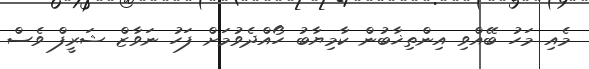
މެއި މަހު ބޭއްވި އިންތިޚާބުން ކާމިޔާބު ހޯއްދެވުމަށް ފަހު ނަވާޒް ޝަރީފް ވެސް